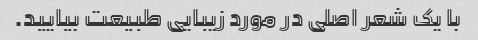
با یک شعر اصلی در مورد زیبایی طبیعت بیایید.